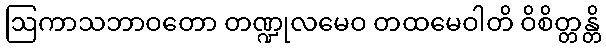
ဩကာသဘာဝတော တဏ္ဍုလမေဝ တထမေဝါတိ ဝိစိတ္တန္တိ